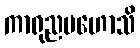
ကာရုညမဟောသိ